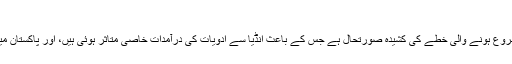
ویکسین کی درآمد میں خلل
اینٹی ریبیز ویکسین کی قلت کی بنیادی وجہ اس سال کے اوائل سے شروع ہونے والی خطے کی کشیدہ صورتحال ہے جس کے باعث انڈیا سے ادویات کی درآمدات خاصی متاثر ہوئی ہیں، اور پاکستان میں کتے کے کاٹے کی ویکسین ہندوستان سے ہی درآمد کی جاتی تھی۔